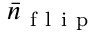
\Bar { n } _ { \mathrm { ~ f ~ l ~ i ~ p ~ } }